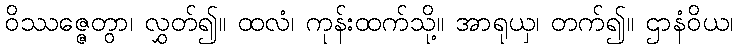
ဝိဿဇ္ဇေတွာ၊ လွှတ်၍။ ထလံ၊ ကုန်းထက်သို့။ အာရုယှ၊ တက်၍။ ဌာနံဝိယ၊